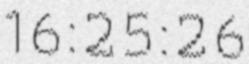
16:25:26